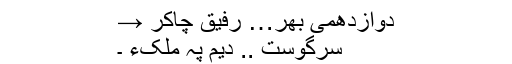
دوازدھمی بھر… رفیق چاکر →
سرگوست .. دیم پہ ملکءَ ۔